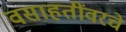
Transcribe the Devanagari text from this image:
वसाहतींवरचे